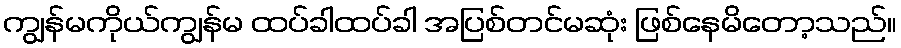
ကျွန်မကိုယ်ကျွန်မ ထပ်ခါထပ်ခါ အပြစ်တင်မဆုံး ဖြစ်နေမိတော့သည်။